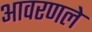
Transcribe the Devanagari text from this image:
आवरणले